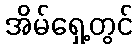
အိမ်ရှေ့တွင်